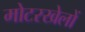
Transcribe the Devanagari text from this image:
मोटरखेलों